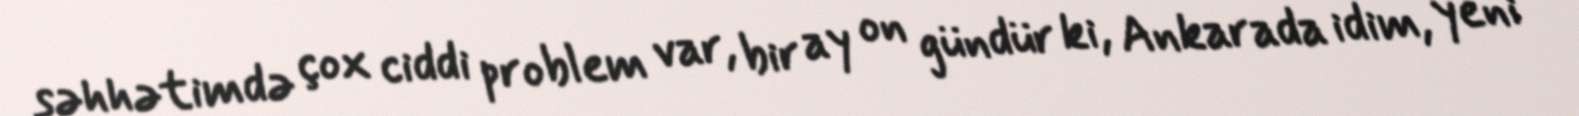
səhhətimdə çox ciddi problem var, bir ay on gündür ki, Ankarada idim, yeni